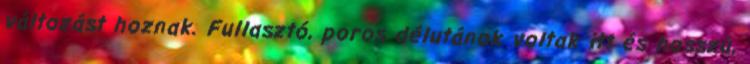
változást hoznak. Fullasztó, poros délutánok voltak itt és hosszú,